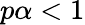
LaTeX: p\alpha<1